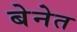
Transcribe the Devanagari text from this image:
बेनेत